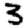
Digit: 3